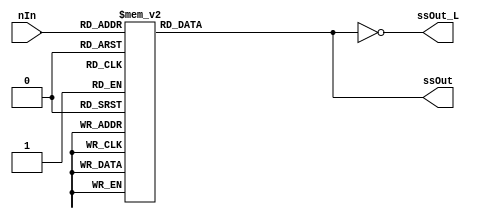
//SevenSegmentDisplayDecoder
//	Source:Team 5
// Contact: Nathan.Genetzky@jacks.sdstate.com
/*
SevenSegmentDisplayDecoder uHEX(
	.ssOut(),	 // [6:0] Connect to the 7-Segment that should display the Hex Value
	.ssOut_L(),	 // [6:0] Connect to the active low 7-Segment that should display the Hex Value
	.nIn(),		 // [3:0] Binary Encoded Hex Value
	)
*/
module SevenSegmentDisplayDecoder(ssOut,ssOut_L , nIn);
  output reg [6:0] ssOut;
  output reg [6:0] ssOut_L;
  input [3:0] nIn;
  // ssOut format {g, f, e, d, c, b, a}
  always @(nIn)
  begin
    case (nIn)
      4'h0: ssOut = 7'b0111111;
      4'h1: ssOut = 7'b0000110;
      4'h2: ssOut = 7'b1011011;
      4'h3: ssOut = 7'b1001111;
      4'h4: ssOut = 7'b1100110;
      4'h5: ssOut = 7'b1101101;
      4'h6: ssOut = 7'b1111101;
      4'h7: ssOut = 7'b0000111;
      4'h8: ssOut = 7'b1111111;
      4'h9: ssOut = 7'b1100111;
      4'hA: ssOut = 7'b1110111;
      4'hB: ssOut = 7'b1111100;
      4'hC: ssOut = 7'b0111001;
      4'hD: ssOut = 7'b1011110;
      4'hE: ssOut = 7'b1111001;
      4'hF: ssOut = 7'b1110001;
      default: ssOut = 7'b1001001;
    endcase
	 ssOut_L = ~ssOut;
	end
endmodule

/*
module SevenSegmentDisp(
	output reg [6:0] ssOut, ssOut_L,
	input [3:0] nIn, 
	input isHex_L
	); //Combines both the modules below.
	// ssOut format {g, f, e, d, c, b, a}
always @(nIn, isHex_L)
  begin
  if(isHex_L==0)
		 case (nIn) 
			4'h0: ssOut = 7'b0111111;
			4'h1: ssOut = 7'b0000110;
			4'h2: ssOut = 7'b1011011;
			4'h3: ssOut = 7'b1001111;
			4'h4: ssOut = 7'b1100110;
			4'h5: ssOut = 7'b1101101;
			4'h6: ssOut = 7'b1111101;
			4'h7: ssOut = 7'b0000111;
			4'h8: ssOut = 7'b1111111;
			4'h9: ssOut = 7'b1100111;
			4'hA: ssOut = 7'b1110111;
			4'hB: ssOut = 7'b1111100;
			4'hC: ssOut = 7'b0111001;
			4'hD: ssOut = 7'b1011110;
			4'hE: ssOut = 7'b1111001;
			4'hF: ssOut = 7'b1110001;
			default: ssOut = 7'b1001001;
		 endcase
	else
		case (nIn) //1 means ON 
      4'h0: ssOut = 7'b0000000;	//display NOTHING
      4'h1: ssOut = 7'b1000000;	// minus sign
      4'h2: ssOut = 7'b1011011;
      4'h3: ssOut = 7'b1001111;
      4'h4: ssOut = 7'b1100110;
      4'h5: ssOut = 7'b1101101;
      4'h6: ssOut = 7'b1111101;
      4'h7: ssOut = 7'b0000111;
      4'h8: ssOut = 7'b1111111;
      4'h9: ssOut = 7'b1100111;
      4'hA: ssOut = 7'b1110111;
      4'hB: ssOut = 7'b1111100;
      4'hC: ssOut = 7'b0111001;
      4'hD: ssOut = 7'b1011110;
      4'hE: ssOut = 7'b1111001;
      4'hF: ssOut = 7'b1110001;
      default: ssOut = 7'b1001001;//debug
    endcase
	 ssOut_L = ~ssOut; // makes output active low
	end
endmodule
*/